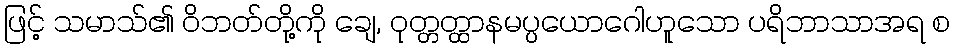
ဖြင့် သမာသ်၏ ဝိဘတ်တို့ကို ချေ, ဝုတ္တတ္ထာနမပ္ပယောဂေါဟူသော ပရိဘာသာအရ စ